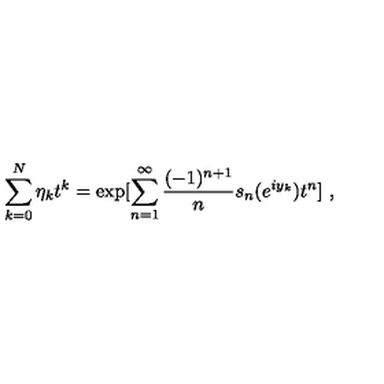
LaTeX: \sum _ { k = 0 } ^ { N } \eta _ { k } t ^ { k } = \exp [ \sum _ { n = 1 } ^ { \infty } \frac { ( - 1 ) ^ { n + 1 } } { n } s _ { n } ( e ^ { i y _ { k } } ) t ^ { n } ] \ ,